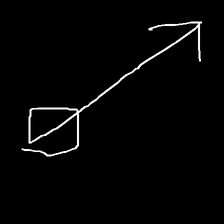
Glyph: focus